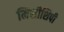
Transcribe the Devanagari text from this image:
मिशीशिपी